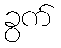
ခွက်